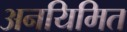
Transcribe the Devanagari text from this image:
अनयिमित